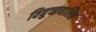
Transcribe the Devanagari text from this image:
विद्युच्छचालित